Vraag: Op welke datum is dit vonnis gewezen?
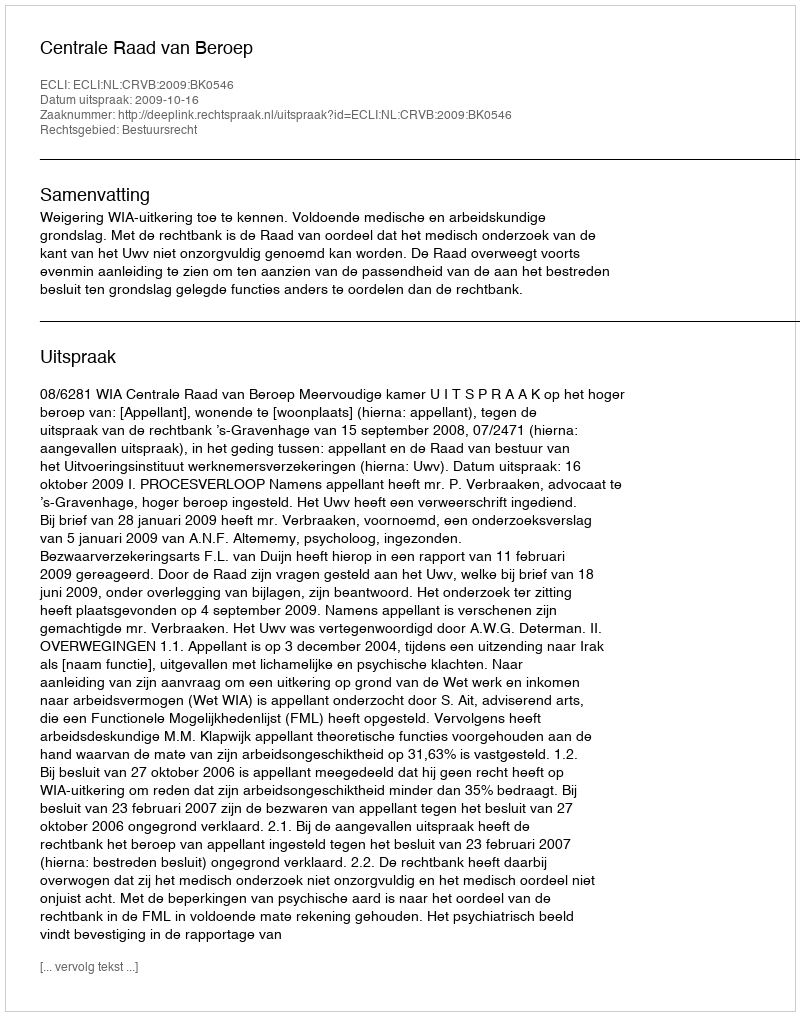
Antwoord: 2009-10-16